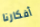
أفكارنا